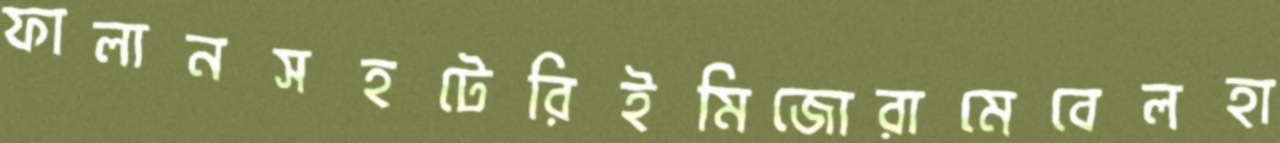
ফালানসহটেরিইমিজোরামেবেলহা